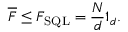
\overline { F } \leq F _ { \mathrm { S Q L } } = \frac { N } { d } \mathbb { 1 } _ { d } .